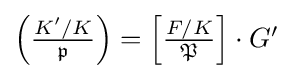
{\textstyle \left({\frac {K'/K}{\mathfrak {p}}}\right)=\left[{\frac {F/K}{\mathfrak {P}}}\right]\cdot G'}